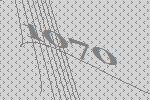
1070